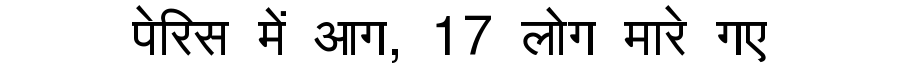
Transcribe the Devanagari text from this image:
पेरिस में आग, 17 लोग मारे गए